system: You are a helpful assistant.
user:
Analyze the provided spectrum to determine if it is a **White Dwarf (WD)**.

A White Dwarf spectrum is defined by its **extreme purity** (due to gravitational settling) and/or **extreme pressure broadening** (due to high surface gravity). You must check for one of the following mutually exclusive signatures:

- **Key Visual Indicators (Check for ONE of these types):**

    - **1. DA-Type Signature (Most Common):**
        - **(Primary Feature):** Extreme pressure broadening (Stark broadening) of the **Hydrogen (H) Balmer lines**.
        - **(Key Lines):** $H\beta$ (approx. $4861$ Å) and $H\gamma$ (approx. $4340$ Å). $H\alpha$ (approx. $6563$ Å) will also be present if the wavelength range covers it.
        - **(Line Profile):** This is the **defining feature**. The lines are **NOT** sharp. They appear as massive, **extremely broad and deep "troughs" or "dips"** in the spectrum, often hundreds of Ångströms wide. The continuum will appear to "scoop" down at these wavelengths.
        - **(Distinction):** Normal A-type or B-type stars have *narrow* and *sharp* Hydrogen lines. A DA White Dwarf's lines are unmistakably "smeared" or "blurry" from pressure.

    - **2. DB-Type Signature:**
        - **(Primary Feature):** Broad absorption lines from **Neutral Helium (He I)**. The spectrum must lack any visible Hydrogen lines.
        - **(Key Lines):** Look for broad absorption near $4471$ Å, $4921$ Å, and $5876$ Å.
        - **(Line Profile):** These lines are also significantly pressure-broadened, appearing much wider than they would in a normal B-type main-sequence star.

    - **3. DC-Type Signature:**
        - **(Primary Feature):** A **featureless continuous spectrum**.
        - **(Line Profile):** The spectrum is a smooth curve with **no significant absorption or emission lines**.
        - **(Key Confirmation):** The continuum is almost always **blue or white**, indicating a hot object. This signature implies the atmosphere is so pure (or so cool) that no spectral lines are visible in the optical range. Its WD identity is confirmed by its extremely low intrinsic brightness (high absolute magnitude).

    - **4. DZ-Type Signature (Metal-Polluted):**
        - **(Primary Feature):** **Isolated, narrow metal absorption lines** on an otherwise featureless (DC-like) continuum.
        - **(Key Lines):** The **Calcium (Ca II) H & K doublet** (approx. **$3934$ Å** and **$3968$ Å**) is the most common and defining feature.
        - **(Line Profile):** These lines are "out of place." They are *not* part of a "forest" of thousands of lines. This signature is evidence of recent *accretion* (pollution) from rocky debris.
        - **(Distinction):** Normal G/K/M stars have a *dense forest* of thousands of metal lines. A DZ has a *clean* continuum with *only a few* strong metal lines.

    - **5. DQ-Type Signature (Carbon-Polluted):**
        - **(Primary Feature):** Absorption bands from **Carbon (C₂ "Swan Bands" or atomic C I)**.
        - **(Key Lines - C₂):** Look for bandheads with a "saw-tooth" shape near $5635$ Å, **$5165$ Å** (strongest), and $4737$ Å.
        - **(Key Confirmation):** The underlying **continuum must be blue or white** (hot).
        - **(Distinction):** This is the critical difference from a **Carbon Star**, which has the *exact same* C₂ bands but on an extremely **red, cool** continuum.

- **(Overall Spectrum):**
    - The continuum (overall shape) is typically **blue-sloping** (brighter in the blue than the red), as most white dwarfs are very hot.
    - The spectrum will look "pure" or "simple," dominated by only *one* of the five signatures listed above.

Think first, call **spectral_visualization_tool** if needed to examine features in detail, then provide your final answer. Your response must adhere to the following strict rules:
1.  **Overall Structure:** Your response must follow the format `<think>...</think> <tool_call>...</tool_call> (if a tool is used) <answer>...</answer>`.
2.  **Tool Usage Constraint:** You may only make **one** tool call per turn.
3.  **Final Answer Format:** In the `<answer>` tag, your conclusion must be inside a `\boxed{}` command (e.g., `\boxed{YES}` or `\boxed{NO}`), followed by your justification.

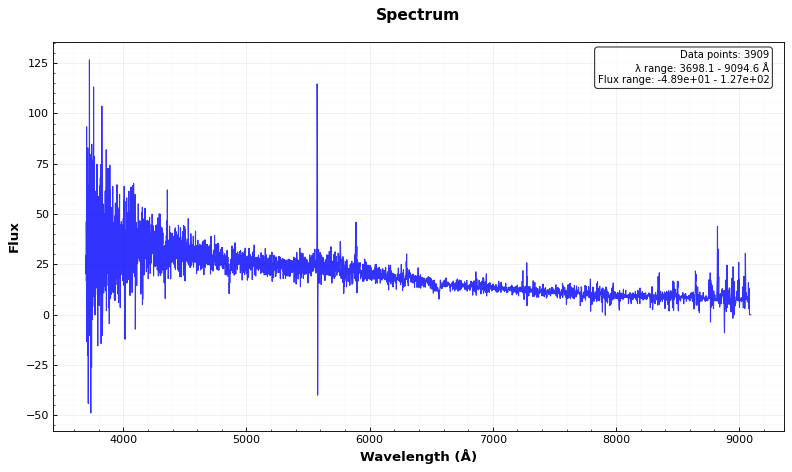
Answer: YES